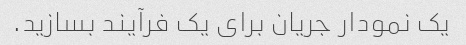
یک نمودار جریان برای یک فرآیند بسازید.